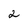
Character: 2